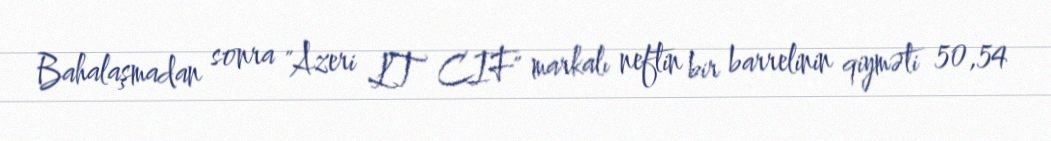
Bahalaşmadan sonra "Azeri LT CIF" markalı neftin bir barrelinin qiyməti 50,54